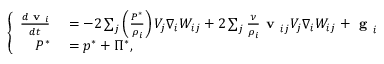
\left\{ \begin{array} { r l } { \frac { d \textbf { v } _ { i } } { d t } } & { { } = - 2 \sum _ { j } \left( \frac { { P } ^ { * } } { \rho _ { i } } \right) V _ { j } \nabla _ { i } W _ { i j } + 2 \sum _ { j } \frac { \nu } { \rho _ { i } } \textbf { v } _ { i j } V _ { j } \nabla _ { i } W _ { i j } + \textbf { g } _ { i } } \\ { { P } ^ { * } } & { { } = { p } ^ { * } + { \Pi } ^ { * } , } \end{array} \right.